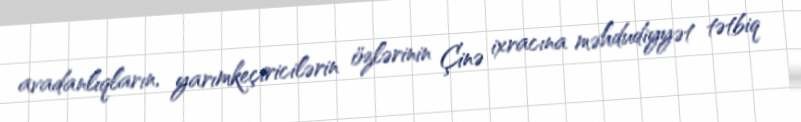
avadanlıqların, yarımkeçiricilərin özlərinin Çinə ixracına məhdudiyyət tətbiq